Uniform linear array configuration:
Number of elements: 16
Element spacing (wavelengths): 0.75
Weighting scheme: hann
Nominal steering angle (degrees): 60
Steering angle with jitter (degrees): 59.229
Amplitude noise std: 0.05
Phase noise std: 0.05

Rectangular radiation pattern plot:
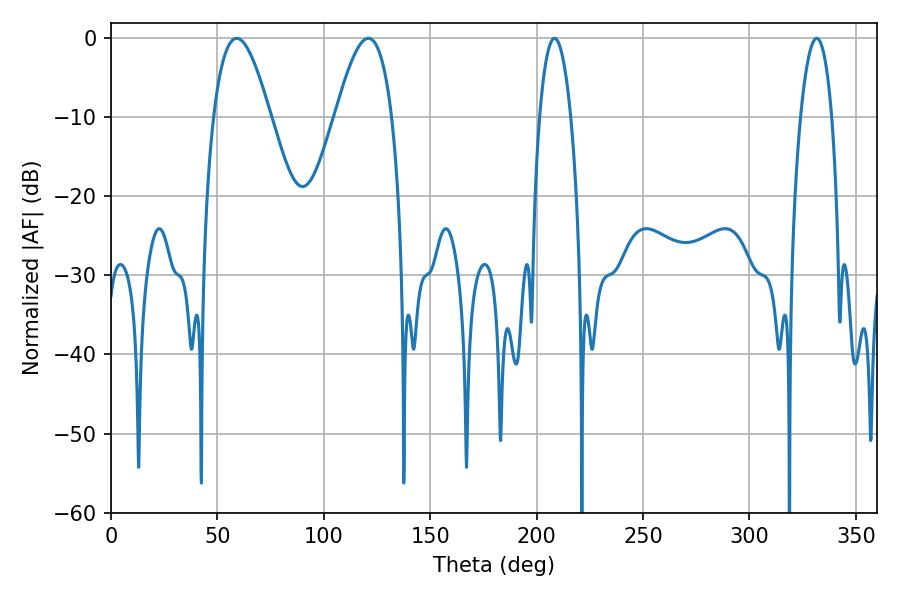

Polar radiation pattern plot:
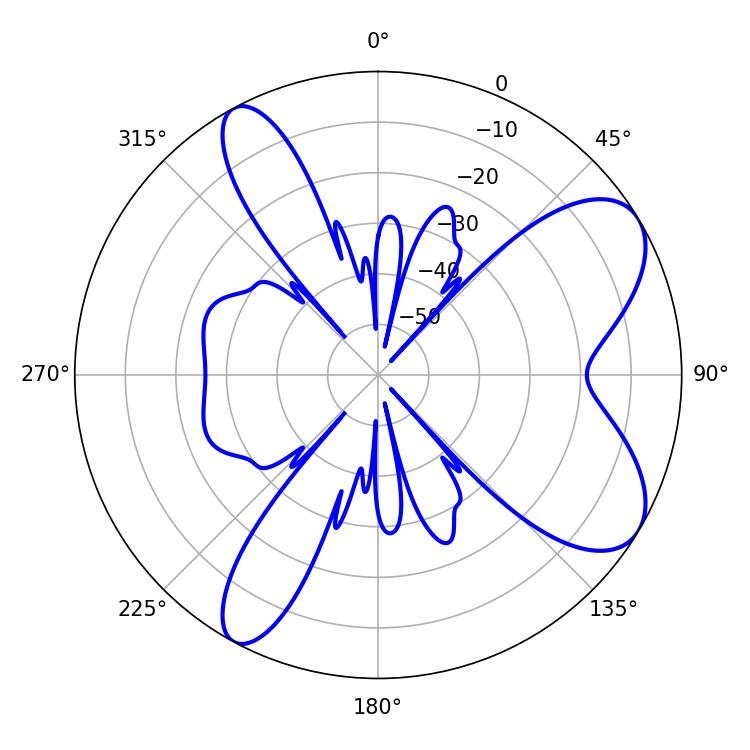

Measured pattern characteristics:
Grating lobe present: TRUE
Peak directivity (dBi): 7.786
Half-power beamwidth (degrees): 14.58
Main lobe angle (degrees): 59.04